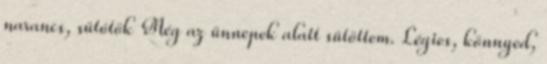
narancs, sütőtök Még az ünnepek alatt sütöttem. Légies, könnyed,